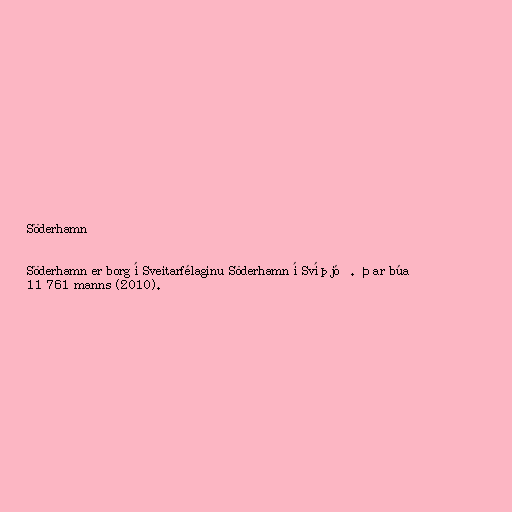
Söderhamn

Söderhamn er borg í Sveitarfélaginu Söderhamn í Svíþjóð. Þar búa
11 761 manns (2010).